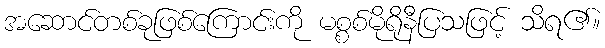
အဆောင်တစ်ခုဖြစ်ကြောင်းကို မစ္စစ်မိုရိုနီပြသဖြင့် သိရ၏။